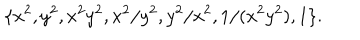
\{ x ^ { 2 } , y ^ { 2 } , x ^ { 2 } y ^ { 2 } , x ^ { 2 } / y ^ { 2 } , y ^ { 2 } / x ^ { 2 } , 1 / ( x ^ { 2 } y ^ { 2 } ) , 1 \} .